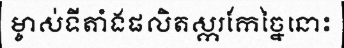
ម្ចាស់ទីតាំងផលិតស្ករកែច្នៃនោះ